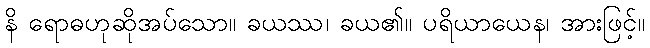
နိ ရောဓဟုဆိုအပ်သော။ ခယဿ၊ ခယ၏။ ပရိယာယေန၊ အားဖြင့်။